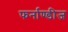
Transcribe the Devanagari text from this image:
फर्नाण्डीज